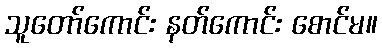
သူတော်ကောင်း နတ်ကောင်း စောင်မ။